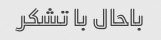
باحال با تشکر